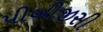
પીબીજીસી